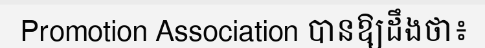
Promotion Association បានឱ្យដឹងថា៖